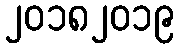
၂၀၁၈၂၀၁၉